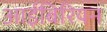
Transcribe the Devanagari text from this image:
आईबिरियन